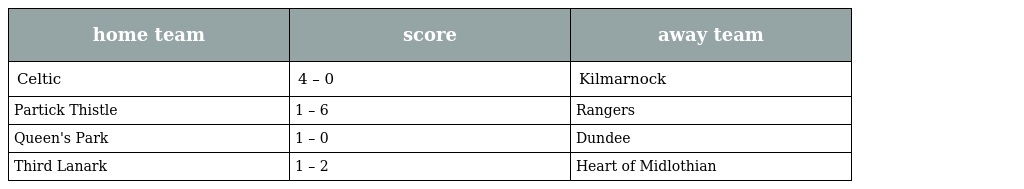
| home team | score | away team |
 | --- | --- | --- |
 | Celtic | 4 – 0 | Kilmarnock |
 | Partick Thistle | 1 – 6 | Rangers |
 | Queen's Park | 1 – 0 | Dundee |
 | Third Lanark | 1 – 2 | Heart of Midlothian |